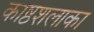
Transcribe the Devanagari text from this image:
काष्ठशलाका